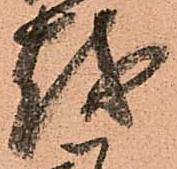
越